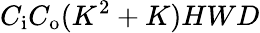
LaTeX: C_{\mathrm{i}}C_{\mathrm{o}}(K^{2}+K)HWD